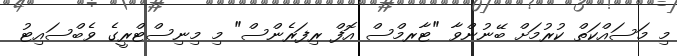
މި މަސައްކަތް ކުރުމަށް ބޭނުންވާ "ޓާރމްސް އޮފް ރިފަރެންސް" މި މިނިސްޓްރީގެ ވެބްސައިޓު